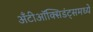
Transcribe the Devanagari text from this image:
अँटीऑक्सिडंट्समध्ये